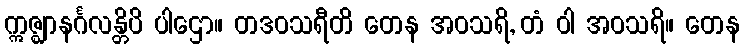
ဣဇ္ဈာနင်္ဂလန္တိပိ ပါဌော။ တဒဝသရီတိ တေန အဝသရိ, တံ ဝါ အဝသရိ။ တေန